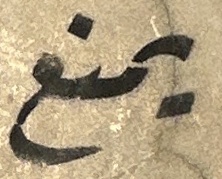
یمنع